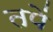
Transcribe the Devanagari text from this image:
तपें